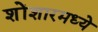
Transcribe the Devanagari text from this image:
शोंशारमध्ये